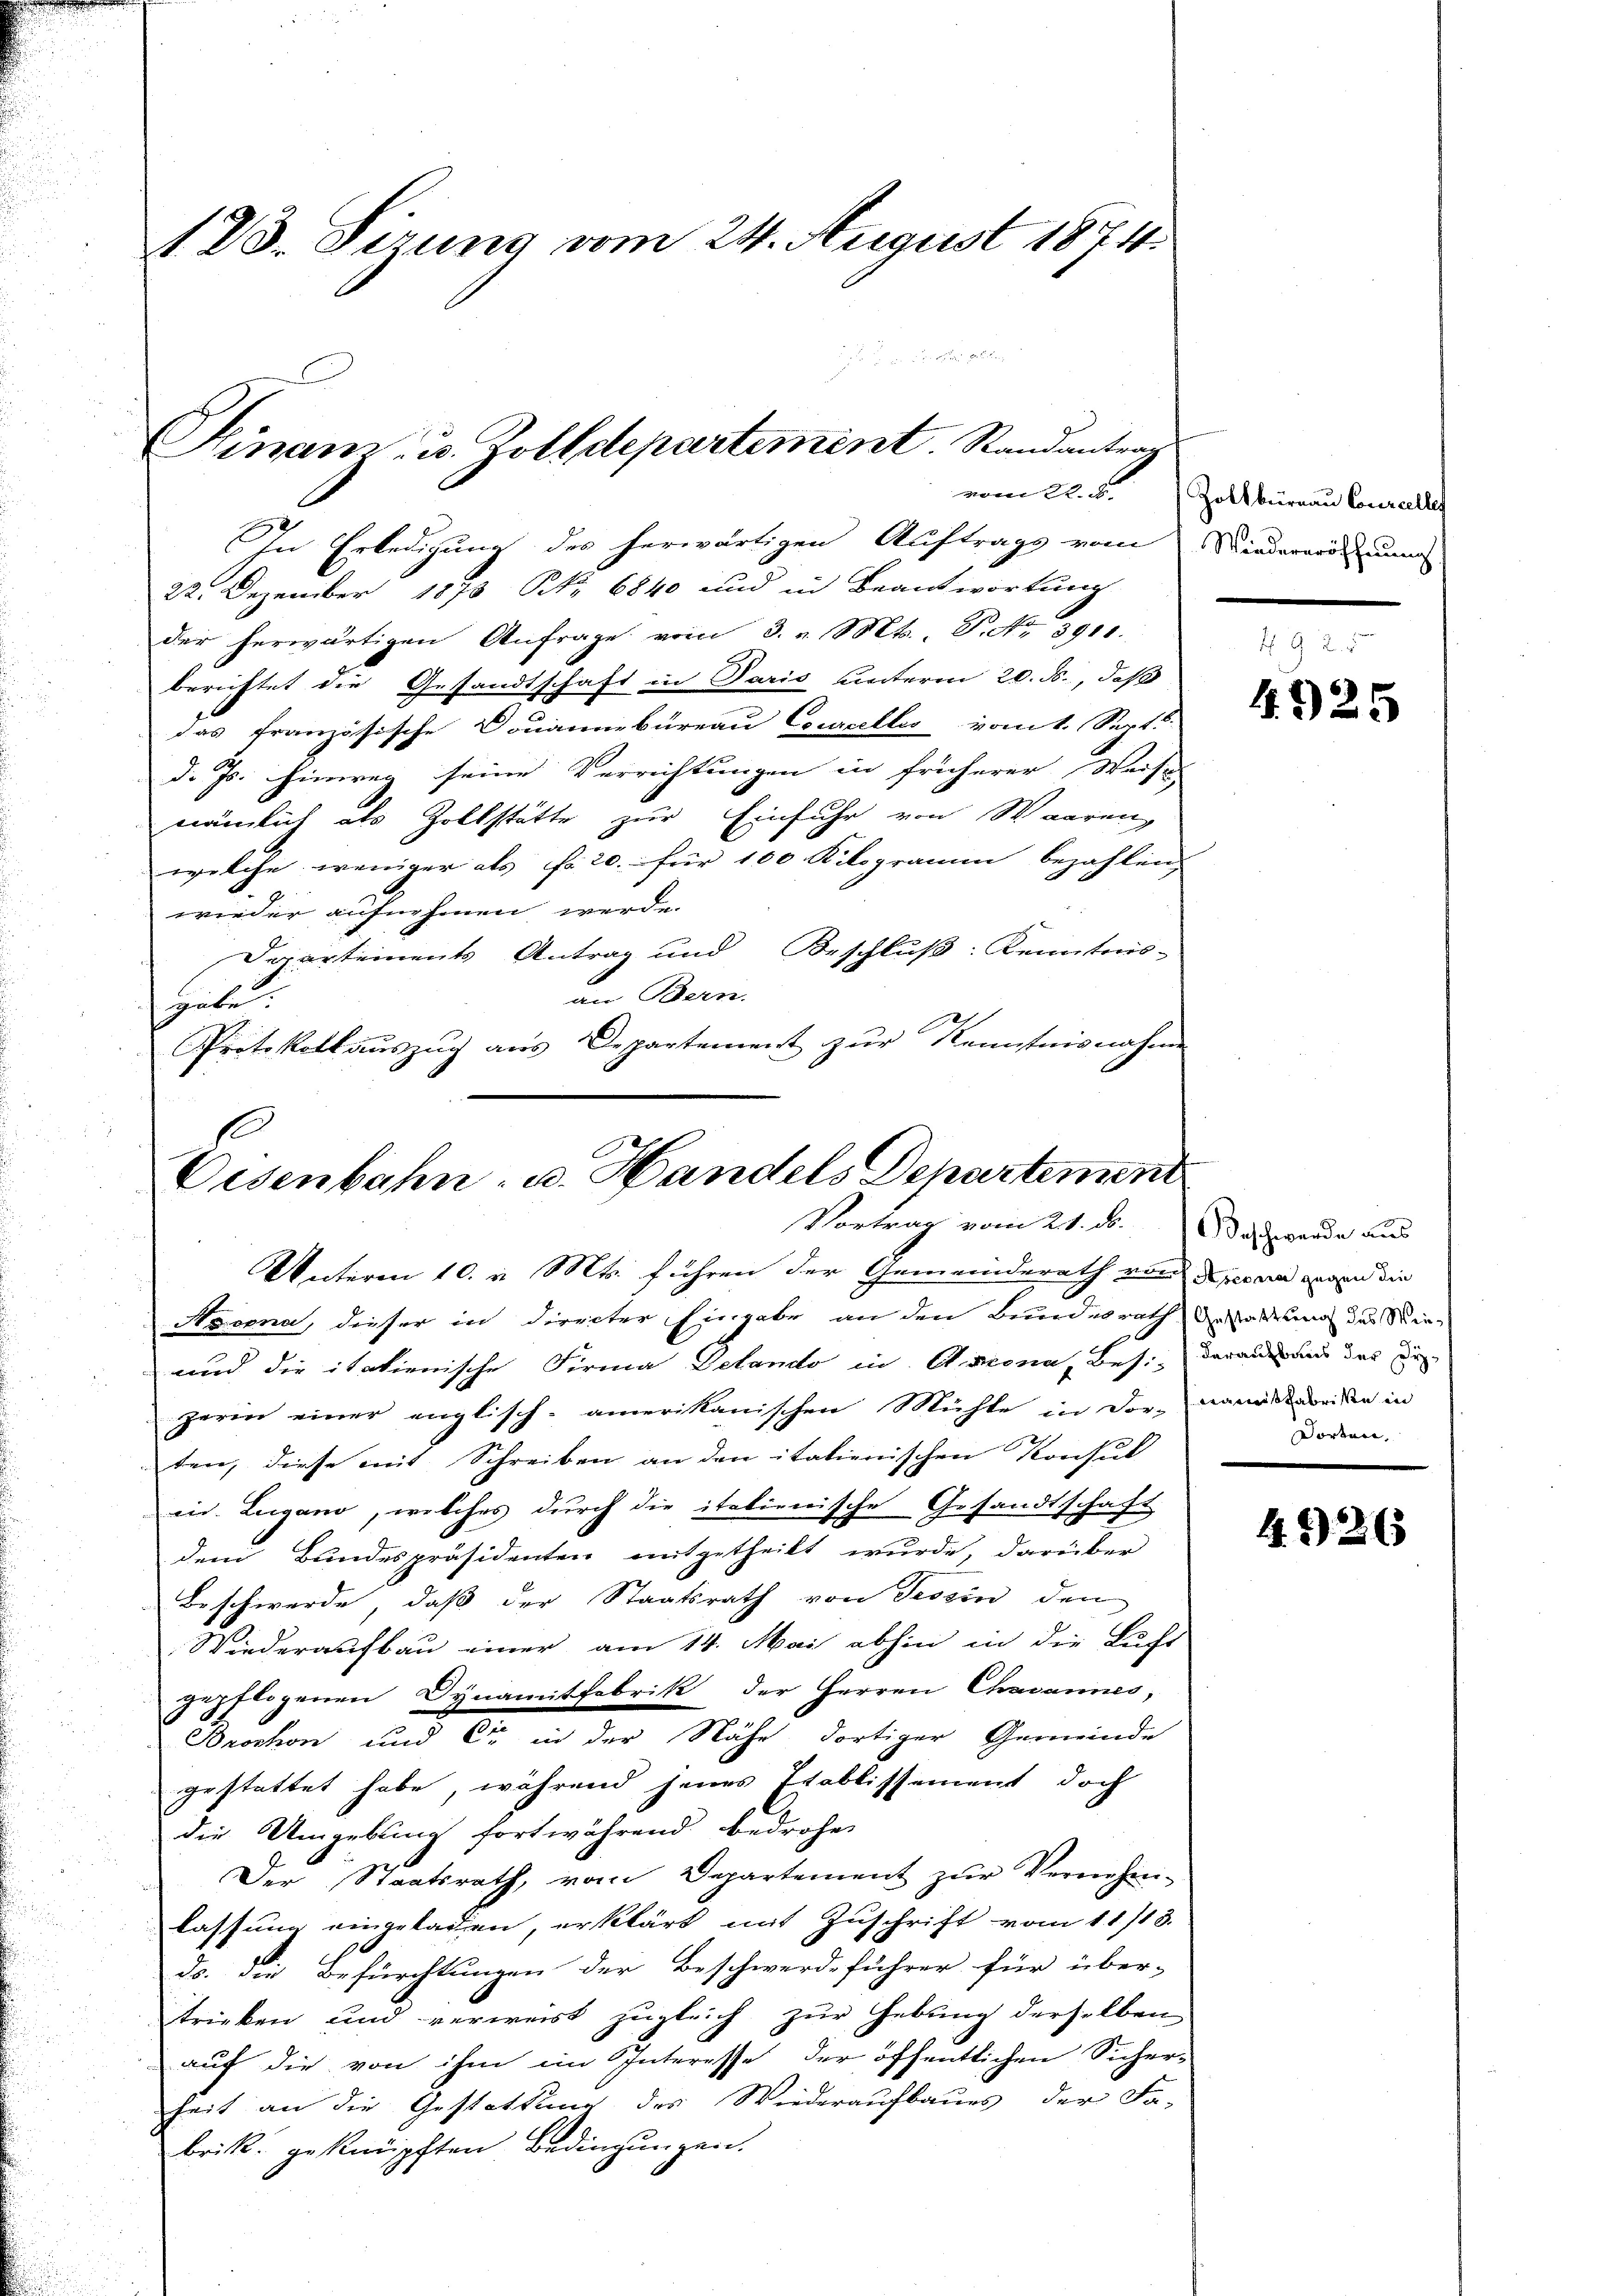
In Erledigung des herwärtigen Auftrags vom Niederardi un
22. Dezember 1873 NNo. 6840 und in Beantwortung
der herwärtigen Anfrage vom 3. v. Mts., P. Nr. 3011.
berichtet die Gesandtschaft in Paris unterm 20. ds., daß
das französische Douannbüreau Courcelles vom 1. Sept.
d. Js. hinweg seine Verrichtungen in früherer Weise
nämlich als Zollstätte zur Einfuhr von Waaren
welche weniger als fr. 20. für 100 Kilogramm bezahlen,
wieder aufnehmen werde.
Departements Antrag und Beschluß: Kenntnis-
an Bern.
sgute
Protokollauszug aus Departement zur Kenntnisnahme

183. Sizung vom 24. August 1874.

Sinam u. Zolldepartement. Randantrag

Eisenbahn- u. Handels Departement
Vortrag vom 21. ds. das werde aus
Unterm 10. v. Mts. führen der Gemeinderath von deren und die

Noorna, dieser in directer Eingabe an den Bundesrath Gestattung des Sie-
und die italienische Firma Gelando in Antona, Besi daran und der die
zerin einer englisch-amerikanischen Mühle in dor-mann beiden in
ten, diese mit Schreiben an den italienischen Konsul
in. Lugano, welches durch die italienische Gesandtschaft
dem Bundespräsidenten mitgetheilt wurde, darüber
Beschwerde, daß der Staatsrath von Tessin den
Wiederaufbau einer am 14. Mai abhin in die Bucht
gepflogenen Dynamitfabrik der Herren Chavannes,
Brochon und Er in der Nähe dortiger Gemeinde
gestattet habe, während jenes Etablissement doch
die Umgebung fortwährend bedrohe
Der Staatsrath, vom Departement zŭr Vernehm-
lassung eingeladen, erklärt mit Zuschrift vom 11/13.
.
ds. die Befürchtungen der Beschwerdeführer für über-
trieben und verweist zugleich zur Hebung derselben
auf die von ihm im Interesse der öffentlichen Sicher-
heit an die Gestattung des Wiederaufbaues der Fa-
brik. geknüpften Bedingungen.

vom 22. d. Zollbüreau Conreelle

4325

Dorten.

4.326